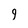
Character: 9